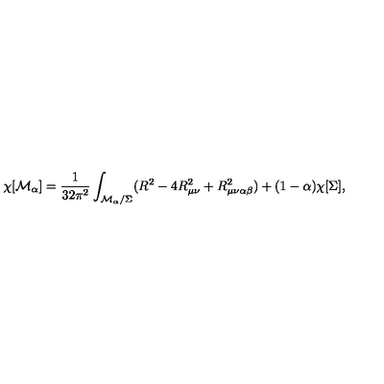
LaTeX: \chi [ { \cal M } _ { \alpha } ] = { \frac { 1 } { 3 2 \pi ^ { 2 } } } \int _ { { \cal M } _ { \alpha } / \Sigma } ( R ^ { 2 } - 4 R _ { \mu \nu } ^ { 2 } + R _ { \mu \nu \alpha \beta } ^ { 2 } ) + ( 1 - \alpha ) \chi [ \Sigma ] ,